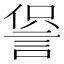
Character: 𧨍